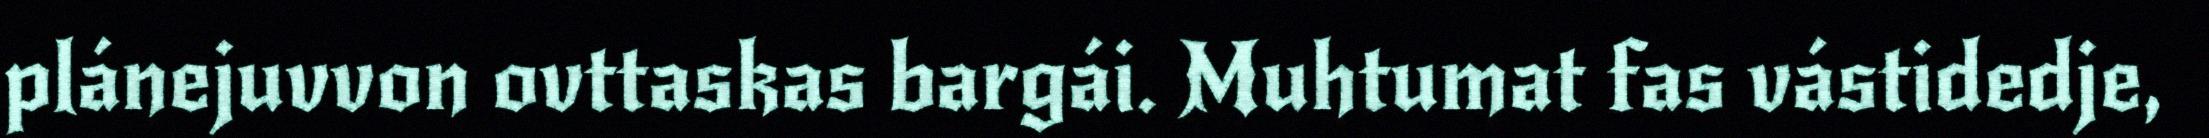
plánejuvvon ovttaskas bargái. Muhtumat fas vástidedje,